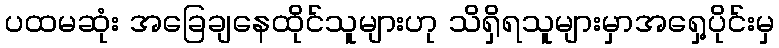
ပထမဆုံး အခြေချနေထိုင်သူများဟု သိရှိရသူများမှာအရှေ့ပိုင်းမှ